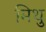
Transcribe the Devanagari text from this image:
मिथु